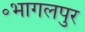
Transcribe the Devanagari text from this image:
॰भागलपुर